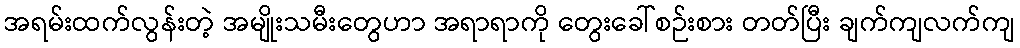
အရမ်းထက်လွန်းတဲ့ အမျိုးသမီးတွေဟာ အရာရာကို တွေးခေါ်စဉ်းစား တတ်ပြီး ချက်ကျလက်ကျ